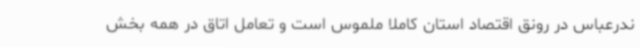
ندرعباس در رونق اقتصاد استان کاملا ملموس است و تعامل اتاق در همه بخش